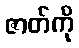
ဇာတ်ကို